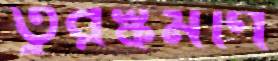
তুরস্কমণি